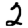
Digit: 2